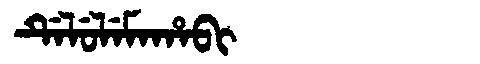
Manchu: ᡩᡝᠯᡠᠯᡝᠮᠠᡥᠠᠪᡳ
Romanization: DELULEMAHABI